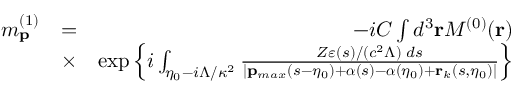
\begin{array} { r l r } { m _ { \mathbf { p } } ^ { ( 1 ) } } & { = } & { - i { \cal C } \int d ^ { 3 } \mathbf { r } { \cal M } ^ { ( 0 ) } ( \mathbf { r } ) } \\ & { \times } & { \exp \left\{ i \int _ { \eta _ { 0 } - i \Lambda / \kappa ^ { 2 } } \frac { Z \varepsilon ( s ) / ( c ^ { 2 } \Lambda ) \, \, d s } { | \mathbf { p } _ { m a x } ( s - \eta _ { 0 } ) + { \boldsymbol \alpha } ( s ) - { \boldsymbol \alpha } ( \eta _ { 0 } ) + \mathbf { r } _ { k } ( s , \eta _ { 0 } ) | } \right\} } \end{array}